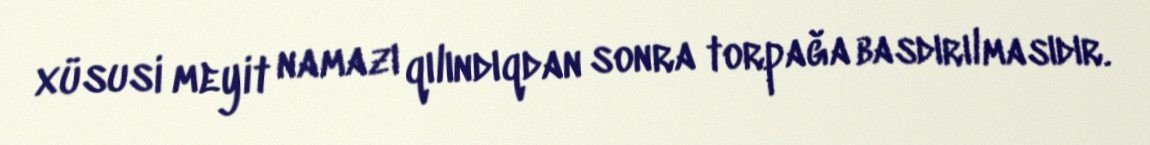
xüsusi meyit namazı qılındıqdan sonra torpağa basdırılmasıdır.